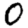
Digit: 0